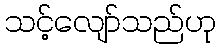
သင့်လျော်သည်ဟု